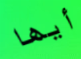
أيها